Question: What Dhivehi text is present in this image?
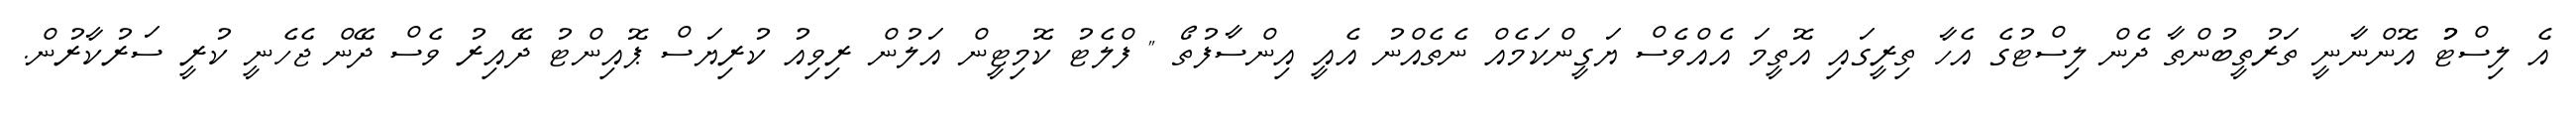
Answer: އެ ލިސްޓުު އޮންނާނީ ތަރުތީބުންތާ ދެން ލިސްޓުގެ އެހާ ތިރީގައި އޮތީމަ އެއްވެސް ޔަގީންކަމެއް ނެތެއްނު އެއީ އިންސާފުތޯ " ފްލެޓު ކޮމިޓީން އަލުން ރިވިއު ކުރިޔަސް ޕޮއިންޓު ދޭއިރު ވެސް ދޭން ޖެހެނީ ކުރީ ސަރުކާރުން.